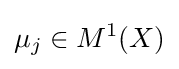
\mu _{j}\in M^{1}(X)